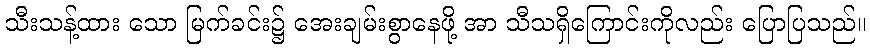
သီးသန့်ထား သော မြက်ခင်း၌ အေးချမ်းစွာနေဖို့ အာ သီသရှိကြောင်းကိုလည်း ပြောပြသည်။